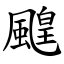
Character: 䬖